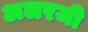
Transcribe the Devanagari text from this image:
अलरजी